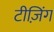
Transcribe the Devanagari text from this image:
टीज़िंग